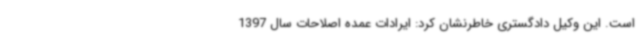
است. این وکیل دادگستری خاطرنشان کرد: ایرادات عمده اصلاحات سال 1397